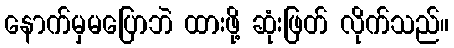
နောက်မှမပြောဘဲ ထားဖို့ ဆုံးဖြတ် လိုက်သည်။